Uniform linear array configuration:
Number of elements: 32
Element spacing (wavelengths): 0.25
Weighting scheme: binomial
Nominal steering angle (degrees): -45
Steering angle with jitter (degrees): -44.794
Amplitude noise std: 0.05
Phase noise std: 0.05

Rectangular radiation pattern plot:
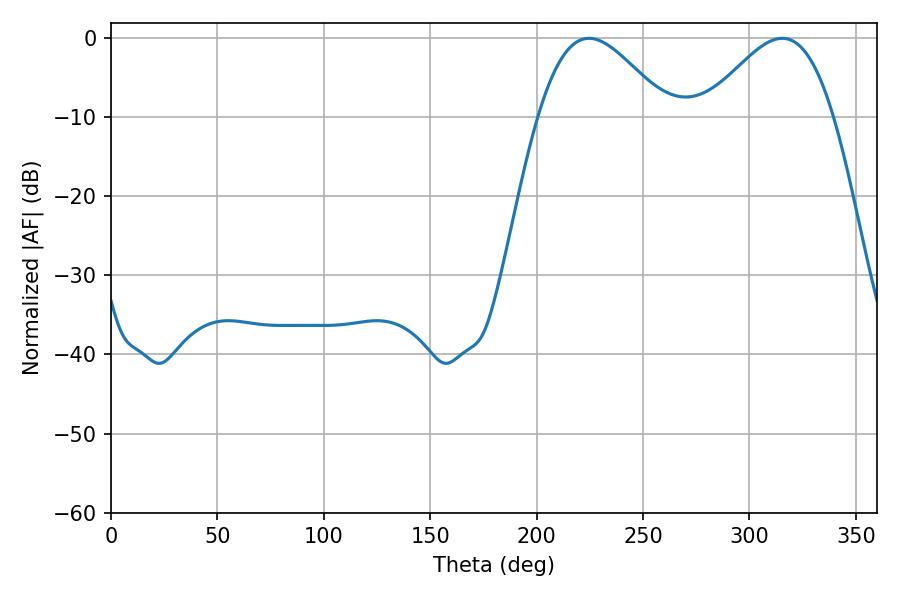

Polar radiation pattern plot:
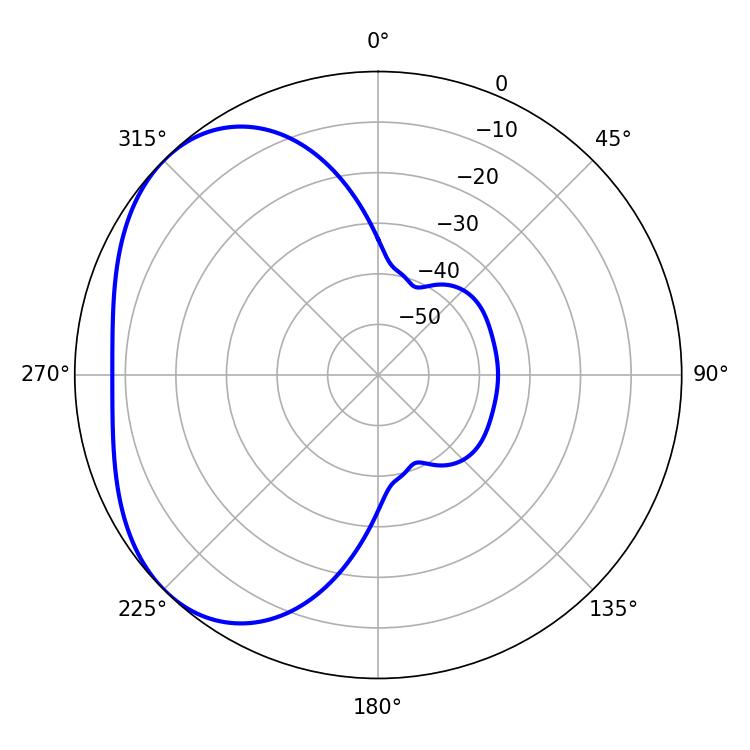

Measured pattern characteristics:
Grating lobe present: FALSE
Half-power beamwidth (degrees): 32.22
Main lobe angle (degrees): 224.64